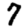
Digit: 7